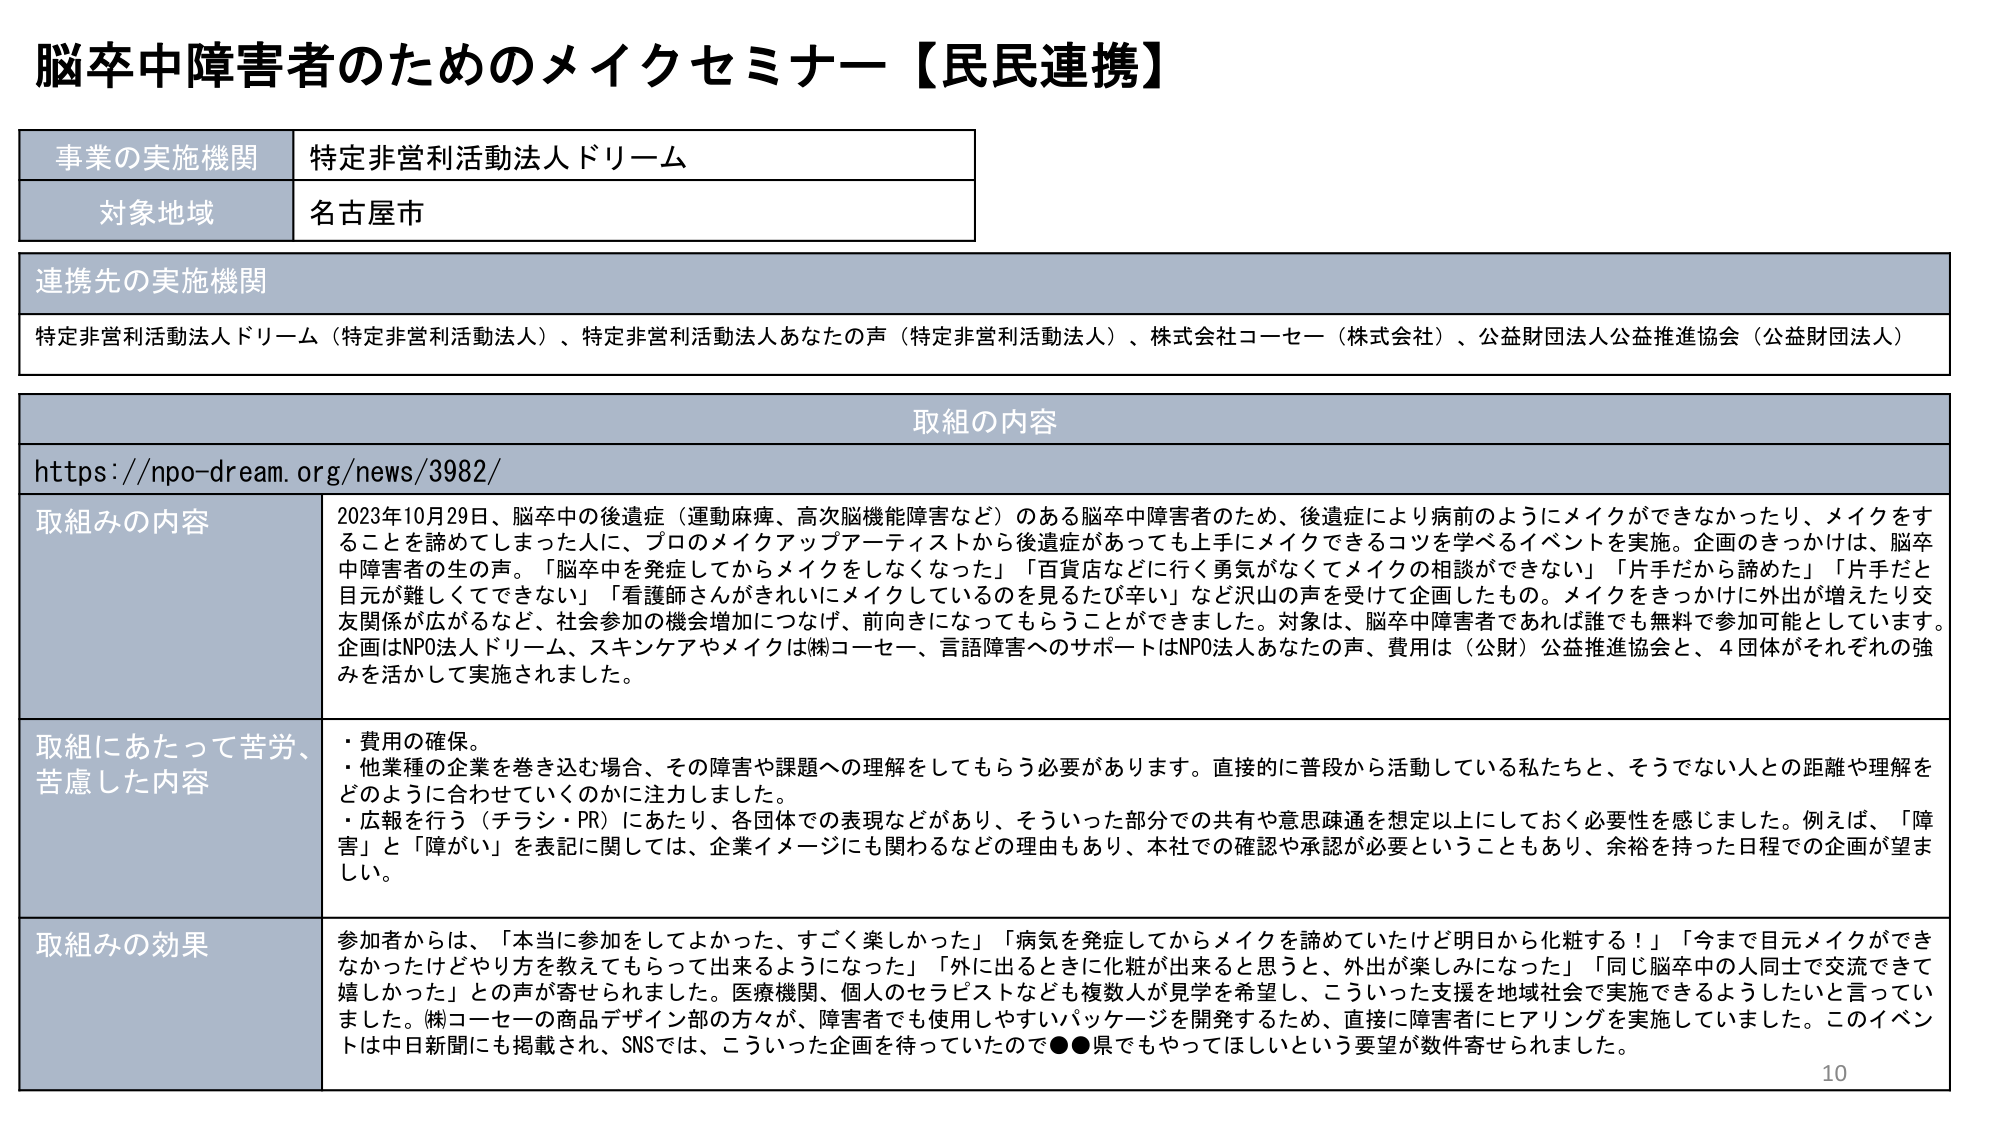
脳卒中障害者のためのメイクセミナー【民民連携】

事業の実施機関　特定非営利活動法人ドリーム
対象地域　名古屋市

連携先の実施機関
特定非営利活動法人ドリーム（特定非営利活動法人）、特定非営利活動法人あなたの声（特定非営利活動法人）、株式会社コーセー（株式会社）、公益財団法人公益推進協会（公益財団法人）

取組の内容
https://npo-dream.org/news/3982/

取組みの内容
2023年10月29日、脳卒中の後遺症（運動麻痺、高次脳機能障害など）のある脳卒中障害者のため、後遺症により病前のようにメイクができなかったり、メイクをすることを諦めてしまった人に、プロのメイクアップアーティストから後遺症があっても上手にメイクできるコツを学べるイベントを実施。企画のきっかけは、脳卒中障害者の生の声。「脳卒中を発症してからメイクをしなくなった」「百貨店などに行く勇気がなくてメイクの相談ができない」「片手だから諦めた」「片手だと目元が難しくてできない」「看護師さんがきれいにメイクしているのを見るたび辛い」など沢山の声を受けて企画したもの。メイクをきっかけに外出が増えたり交友関係が広がるなど、社会参加の機会増加につなげ、前向きになってもらうことができました。対象は、脳卒中障害者であれば誰でも無料で参加可能としています。企画はNPO法人ドリーム、スキンケアやメイクは㈱コーセー、言語障害へのサポートはNPO法人あなたの声、費用は（公財）公益推進協会と、4団体がそれぞれの強みを活かして実施されました。

取組にあたって苦労、苦慮した内容
・費用の確保。
・他業種の企業を巻き込む場合、その障害や課題への理解をしてもらう必要があります。直接的に普段から活動している私たちと、そうでない人との距離や理解をどのように合わせていくのかに注力しました。
・広報を行う（チラシ・PR）にあたり、各団体での表現などがあり、そういった部分での共有や意思疎通を想定以上にしておく必要性を感じました。例えば、「障害」と「障がい」を表記に関しては、企業イメージに関わるなどの理由もあり、本社での確認や承認が必要ということもあり、余裕を持った日程での企画が望ましい。

取組みの効果
参加者からは、「本当に参加をしてよかった、すごく楽しかった」「病気を発症してからメイクを諦めていたけど明日から化粧する！」「今まで目元メイクができなかったけどやり方を教えてもらって出来るようになった」「外に出るときに化粧が出来ると思うと、外出が楽しみになった」「同じ脳卒中の人同士で交流できて嬉しかった」との声が寄せられました。医療機関、個人のセラピストなども複数人が見学を希望し、こういった支援を地域社会で実施できるようしたいと言っていました。㈱コーセーの商品デザイン部の方々が、障害者でも使用しやすいパッケージを開発するため、直接に障害者にヒアリングを実施していました。このイベントは中日新聞にも掲載され、SNSでは、こういった企画を待っていたので●●県でもやってほしいという要望が数件寄せられました。

10